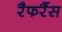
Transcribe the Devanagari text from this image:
रैफरैंस